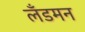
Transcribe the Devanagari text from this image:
लँडमन